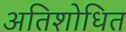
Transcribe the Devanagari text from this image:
अतिशोधित